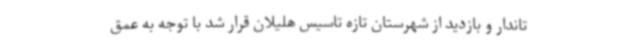
تاندار و بازدید از شهرستان تازه تاسیس هلیلان قرار شد با توجه به عمق